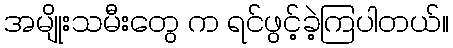
အမျိုးသမီးတွေ က ရင်ဖွင့်ခဲ့ကြပါတယ်။